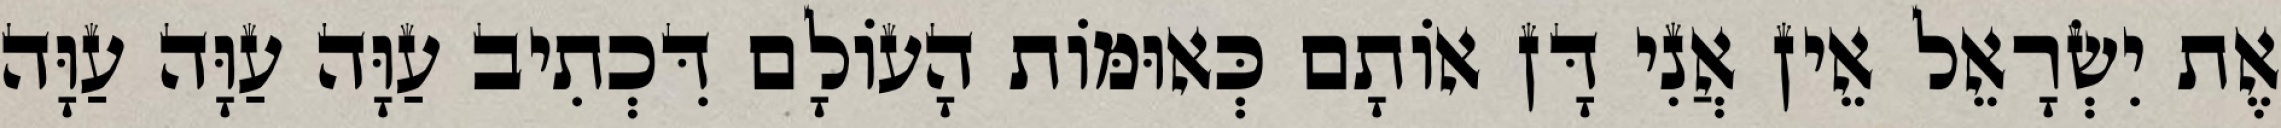
אֶת יִשְׂרָאֵל אֵין אֲנִי דָּן אוֹתָם כְּאוּמּוֹת הָעוֹלָם דִּכְתִיב עַוָּה עַוָּה עַוָּה